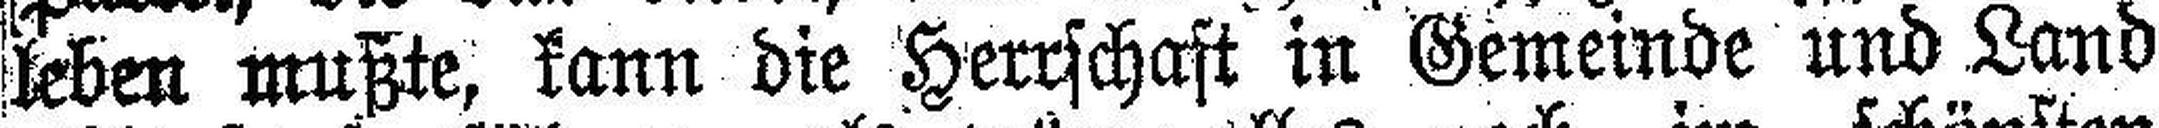
leben mußte, kann die Herrschaft in Gemeinde und Land